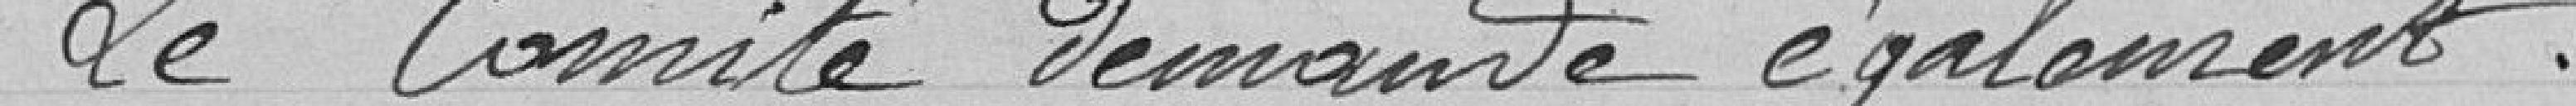
Le Comité demande également :